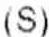
(S)